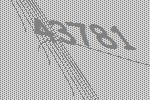
43781